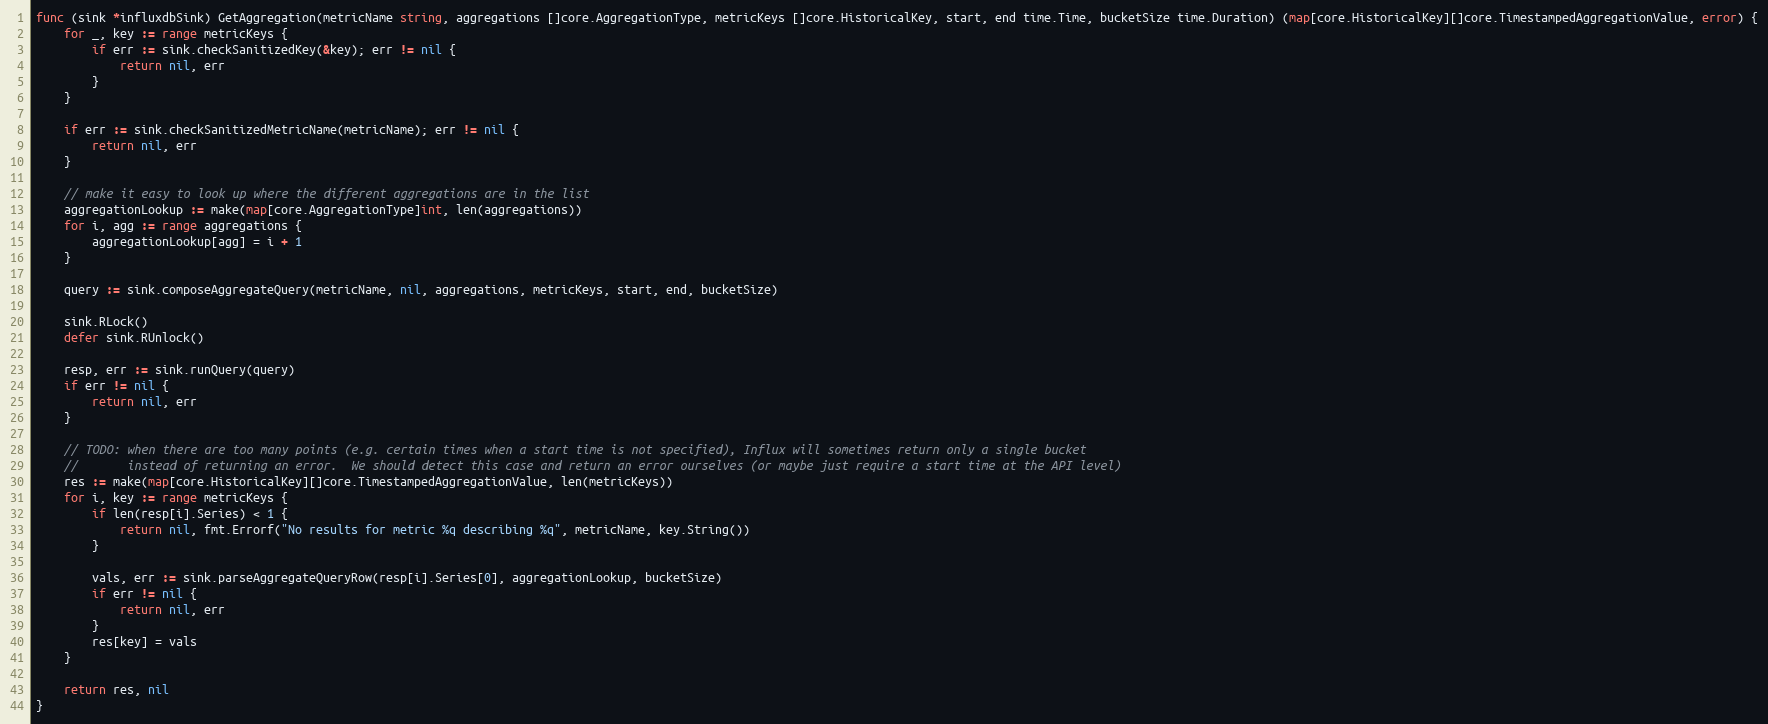
Language: Go
func (sink *influxdbSink) GetAggregation(metricName string, aggregations []core.AggregationType, metricKeys []core.HistoricalKey, start, end time.Time, bucketSize time.Duration) (map[core.HistoricalKey][]core.TimestampedAggregationValue, error) {
	for _, key := range metricKeys {
		if err := sink.checkSanitizedKey(&key); err != nil {
			return nil, err
		}
	}

	if err := sink.checkSanitizedMetricName(metricName); err != nil {
		return nil, err
	}

	// make it easy to look up where the different aggregations are in the list
	aggregationLookup := make(map[core.AggregationType]int, len(aggregations))
	for i, agg := range aggregations {
		aggregationLookup[agg] = i + 1
	}

	query := sink.composeAggregateQuery(metricName, nil, aggregations, metricKeys, start, end, bucketSize)

	sink.RLock()
	defer sink.RUnlock()

	resp, err := sink.runQuery(query)
	if err != nil {
		return nil, err
	}

	// TODO: when there are too many points (e.g. certain times when a start time is not specified), Influx will sometimes return only a single bucket
	//       instead of returning an error.  We should detect this case and return an error ourselves (or maybe just require a start time at the API level)
	res := make(map[core.HistoricalKey][]core.TimestampedAggregationValue, len(metricKeys))
	for i, key := range metricKeys {
		if len(resp[i].Series) < 1 {
			return nil, fmt.Errorf("No results for metric %q describing %q", metricName, key.String())
		}

		vals, err := sink.parseAggregateQueryRow(resp[i].Series[0], aggregationLookup, bucketSize)
		if err != nil {
			return nil, err
		}
		res[key] = vals
	}

	return res, nil
}